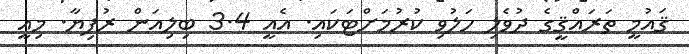
ޤައުމީ ތަރައްޤީގެ ދުވެލި ހަލުވި ކުރުމަށްޓަކައި. އެއީ 3.4 ބިލިއަން ރުފިޔާ. މިއީ